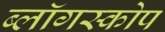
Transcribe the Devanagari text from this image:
ब्लॉगस्कोप